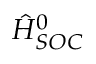
\hat { H } _ { S O C } ^ { 0 }